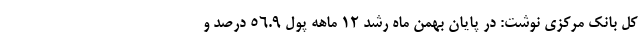
کل بانک مرکزی نوشت: در پایان بهمن ماه رشد ۱۲ ماهه پول ۵۶.۹ درصد و